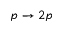
p \rightarrow 2 p